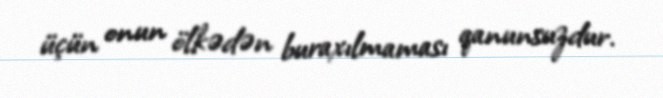
üçün onun ölkədən buraxılmaması qanunsuzdur.